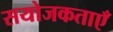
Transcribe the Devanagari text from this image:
सयोजकताएँ